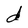
Character: d